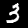
Label: 3